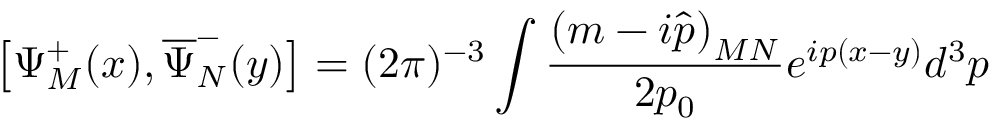
\left[ \Psi _ { M } ^ { + } ( x ) , \overline { { { \Psi } } } _ { N } ^ { - } ( y ) \right] = ( 2 \pi ) ^ { - 3 } \int \frac { \left( m - i \widehat { p } \right) _ { M N } } { 2 p _ { 0 } } e ^ { i p ( x - y ) } d ^ { 3 } p